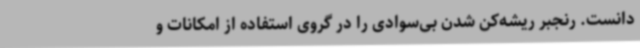
دانست. رنجبر ریشه‌کن شدن بی‌سوادی را در گروی استفاده از امکانات و